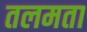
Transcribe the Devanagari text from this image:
तलमता